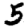
Digit: 5